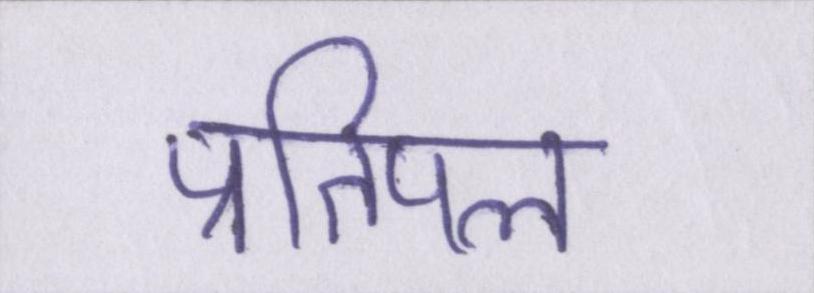
प्रतिपल